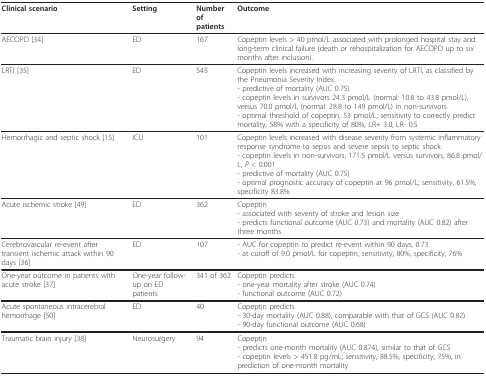
<table><thead><tr><td><b>Clinical scenario</b></td><td><b>Setting</b></td><td><b>Number of patients</b></td><td><b>Outcome</b></td></tr></thead><tbody><tr><td>AECOPD [34]</td><td>ED</td><td>167</td><td>Copeptin levels &gt; 40 pmol/L associated with prolonged hospital stay and long-term clinical failure (death or rehospitalization for AECOPD up to six months after inclusion).</td></tr><tr><td>LRTI [35]</td><td>ED</td><td>545</td><td>Copeptin levels increased with increasing severity of LRTI, as classified by the Pneumonia Severity Index- predictive of mortality (AUC 0.75)- copeptin levels in survivors 24.3 pmol/L (normal: 10.8 to 43.8 pmol/L), versus 70.0 pmol/L (normal: 28.8 to 149 pmol/L) in non-survivors- optimal threshold of copeptin, 53 pmol/L; sensitivity to correctly predict mortality, 58% with a specificity of 80%; LR+ 3.0, LR- 0.5</td></tr><tr><td>Hemorrhagic and septic shock [15]</td><td>ICU</td><td>101</td><td>Copeptin levels increased with disease severity from systemic inflammatory response syndrome to sepsis and severe sepsis to septic shock- copeptin levels in non-survivors, 171.5 pmol/L versus survivors, 86.8 pmol/L, <i>P </i>&lt; 0.001- predictive of mortality (AUC 0.75)- optimal prognostic accuracy of copeptin at 96 pmol/L; sensitivity, 61.5%, specificity 83.8%</td></tr><tr><td>Acute ischemic stroke [49]</td><td>ED</td><td>362</td><td>Copeptin- associated with severity of stroke and lesion size- predicts functional outcome (AUC 0.73) and mortality (AUC 0.82) after three months</td></tr><tr><td>Cerebrovascular re-event after transient ischemic attack within 90 days [36]</td><td>ED</td><td>107</td><td>- AUC for copeptin to predict re-event within 90 days, 0.73.- at cutoff of 9.0 pmol/L for copeptin; sensitivity, 80%, specificity, 76%</td></tr><tr><td>One-year outcome in patients with acute stroke [37]</td><td>One-year follow-up on ED patients</td><td>341 of 362</td><td>Copeptin predicts- one-year mortality after stroke (AUC 0.74)- functional outcome (AUC 0.72)</td></tr><tr><td>Acute spontaneous intracerebral hemorrhage [50]</td><td>ED</td><td>40</td><td>Copeptin predicts- 30-day mortality (AUC 0.88), comparable with that of GCS (AUC 0.82)- 90-day functional outcome (AUC 0.68)</td></tr><tr><td>Traumatic brain injury [38]</td><td>Neurosurgery</td><td>94</td><td>Copeptin- predicts one-month mortality (AUC 0.874), similar to that of GCS- copeptin levels &gt; 451.8 pg/mL; sensitivity, 88.5%, specificity, 75%, in prediction of one-month mortality</td></tr></tbody></table>